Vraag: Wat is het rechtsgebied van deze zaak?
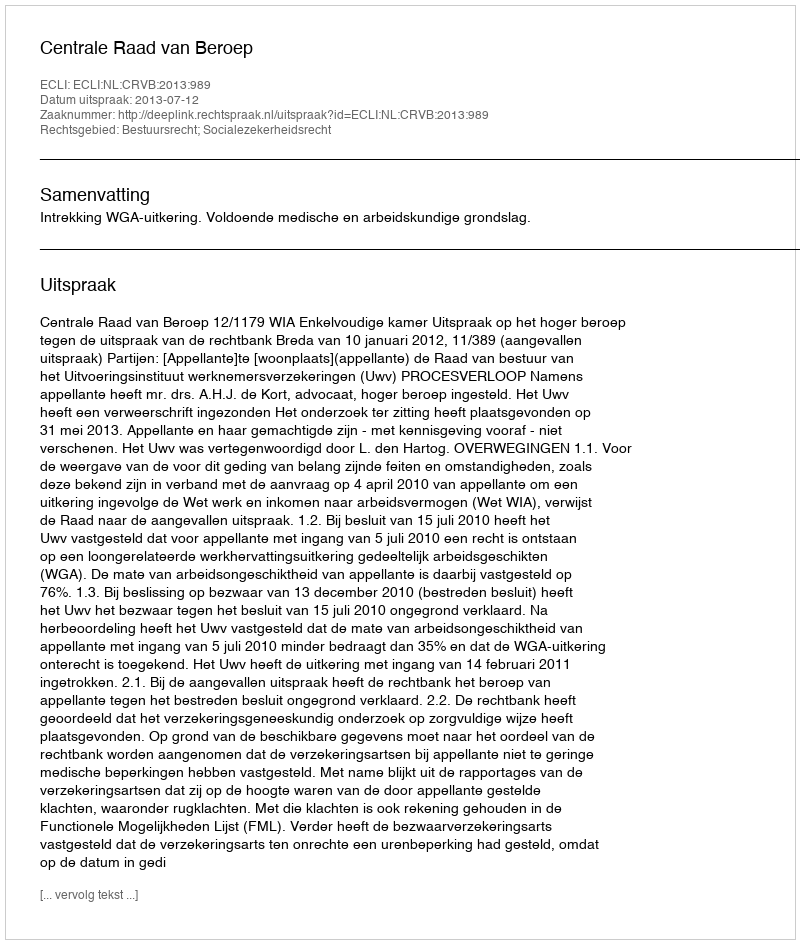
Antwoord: Bestuursrecht; Socialezekerheidsrecht